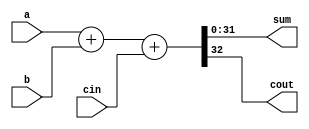
module fadder 
  #(parameter WIDTH=32)
   (a,b,cin,sum,cout);
   input  cin;
   input [WIDTH-1:0] a,b;
   output [WIDTH-1:0] sum;
   output 	      cout;
   
   assign {cout,sum} = a + b + cin;

endmodule